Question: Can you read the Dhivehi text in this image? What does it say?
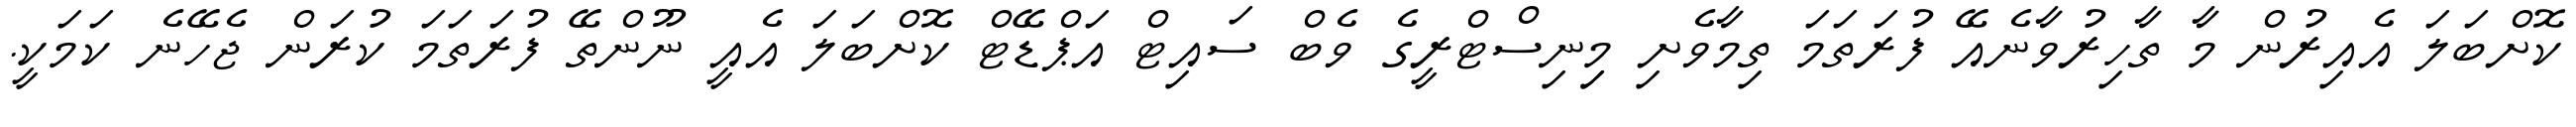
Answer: ކޮށްބަލަ އެއިރުން މާ ތާހިރުވާނެއޭ ފުރަތަމަ ތިމާވެށި މިިނިސްޓްރީގެ ވެބް ސައިޓް އަޕްޑޭޓް ކޮށްބަލަ އެއީ ނޫންތޭ ފުރަތަމަ ކުރަން ޖެހޭނެ ކަމަކީ.